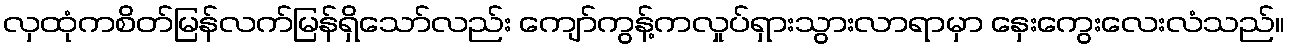
လှထုံကစိတ်မြန်လက်မြန်ရှိသော်လည်း ကျော်ကွန့်ကလှုပ်ရှားသွားလာရာမှာ နှေးကွေးလေးလံသည်။